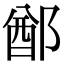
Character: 𨜟